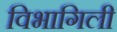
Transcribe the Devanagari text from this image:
विभागिली